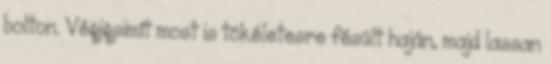
bolton. Végigsimít most is tökéletesre fésült haján, majd lassan